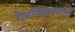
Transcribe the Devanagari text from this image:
देशविदेशांमध्ये